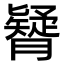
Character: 𦢇